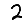
Digit: 2